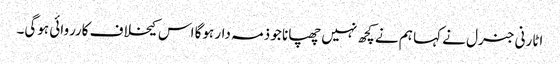
اٹارنی جنرل نے کہا ہم نے کچھ نہیں چھپانا جو ذمہ دار ہوگا اس کیخلاف کارروائی ہوگی۔